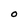
Character: O